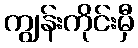
ကျွန်းကိုင်းမှီ